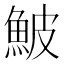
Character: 鮍